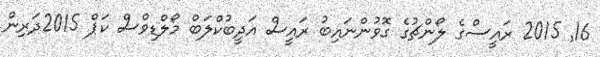
16